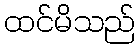
ထင်မိသည်